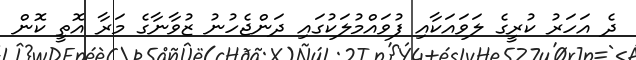
ދެ އަހަރު ކުރީގެ ލަވައަކާއި ފުވައްމުލަކުގައި ދަންޖެހުނު ޒުވާނާގެ މަރާ އޮތީ ކޮން